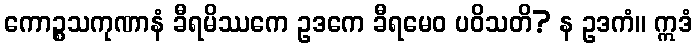
ကောဉ္စသကုဏာနံ ခီရမိဿကေ ဥဒကေ ခီရမေဝ ပဝိသတိ? န ဥဒကံ။ ဣဒံ